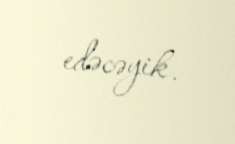
edəcəyik.